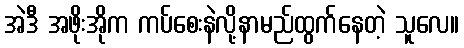
အဲဒီ အဖိုးအိုက ကပ်စေးနဲလို့နာမည်ထွက်နေတဲ့ သူလေ။